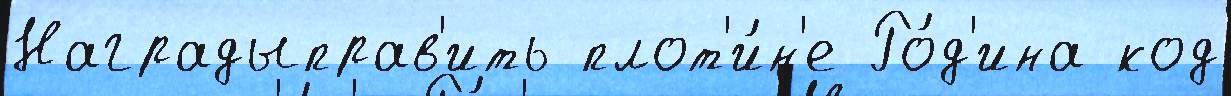
Наградыправ'ить плот'и́н'е Ро́д'ина код